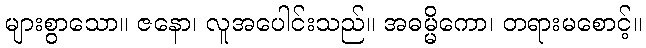
များစွာသော။ ဇနော၊ လူအပေါင်းသည်။ အဓမ္မိကော၊ တရားမစောင့်။